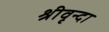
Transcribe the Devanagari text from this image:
श्रीवृन्दा